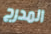
المدرج